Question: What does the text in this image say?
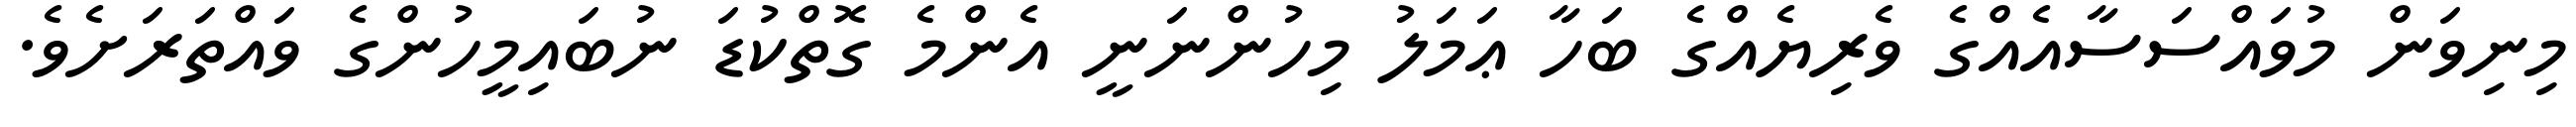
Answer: މިނިވަން މުވައްސަސާއެއްގެ ވެރިޔެއްގެ ބަހާ ޢަމަލު މިހުންނަނީ އެންމެ ގޮތްކުޑަ ނުބައިމީހުންގެ ވައްތަރަށެވެ.